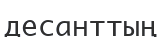
десанттың